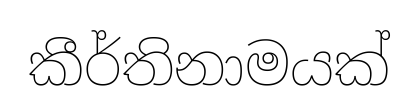
කීර්තිනාමයක්